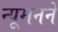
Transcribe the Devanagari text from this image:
न्यूमनने